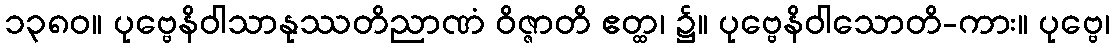
၁၃၈၀။ ပုဗ္ဗေနိဝါသာနုဿတိညာဏံ ဝိဇ္ဇာတိ ဧတ္ထ၊ ၌။ ပုဗ္ဗေနိဝါသောတိ-ကား။ ပုဗ္ဗေ၊